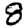
Digit: 8